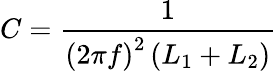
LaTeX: C={\frac{1}{\left(2\pi f\right)^{2}\left(L_{1}+L_{2}\right)}}